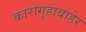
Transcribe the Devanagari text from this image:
कारागृहाबाहेर